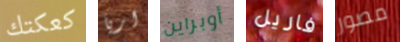
كعكتك اريا أوبراين فاريل مصور